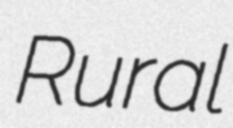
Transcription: Rural